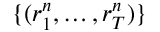
\{ ( r _ { 1 } ^ { n } , \hdots , r _ { T } ^ { n } ) \}